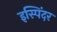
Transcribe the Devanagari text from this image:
इस्पिंदर